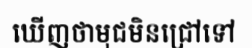
ឃើញថាមុជមិនជ្រៅទៅ